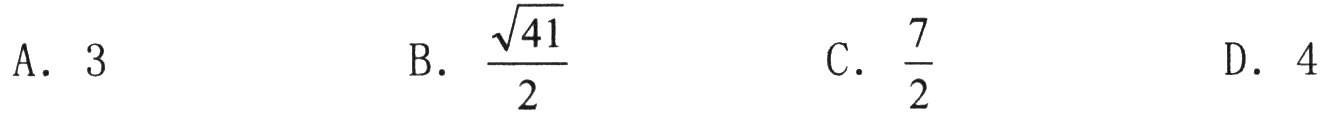
A. \(3\)

B. \(\frac{\sqrt{41}}{2}\)

C. \(\frac{7}{2}\)

D. \(4\)